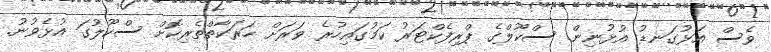
ވެސް އަޅުގަނޑު އުޅުނިން. ސްކޫލްގެ ޕްރިފެކްޓަރު ކަމުގައިހުރެ ވަރަށް ހަރަކާތްތެރިކޮށް ސްކޫލުގަ އުޅެވުނު.